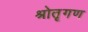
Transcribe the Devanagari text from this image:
श्रोतृगण